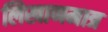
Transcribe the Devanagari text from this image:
लिखाणमात्र